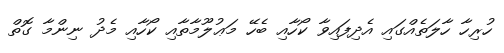
ހުރިހާ ހާލަތެއްގައި އެދިފައިވާ ކޯހާއި ބެހޭ މަޢުލޫމާތާއި ކޯހާއި މެދު ނިންމާ ގޮތް